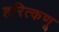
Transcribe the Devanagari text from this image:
हरित्कणू